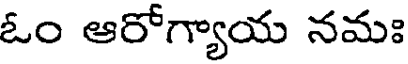
ఓం ఆరోగ్యాయ నమః